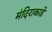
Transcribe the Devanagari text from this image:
मंदिराकाडे